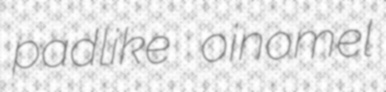
padlike oinomel